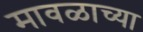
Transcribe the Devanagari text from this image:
मावळाच्या